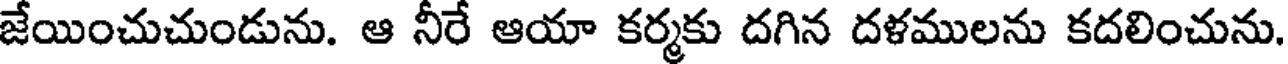
జేయించుచుండును. ఆ నీరే ఆయా కర్మకు దగిన దళములను కదలించును